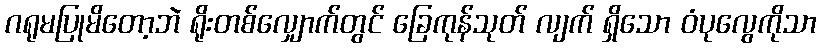
ဂရုမပြုမိတော့ဘဲ ရိုးတစ်လျှောက်တွင် ခြေကုန်သုတ် လျက် ရှိသော ဝံပုလွေကိုသာ